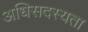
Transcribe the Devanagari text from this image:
अधिसदस्यता